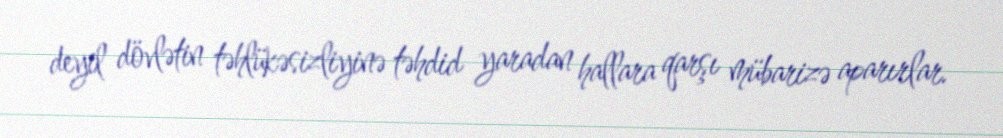
deyil dövlətin təhlükəsizliyinə təhdid yaradan hallara qarşı mübarizə aparırlar.